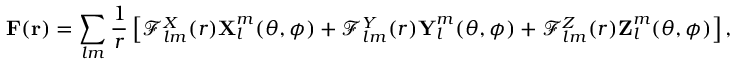
\boldsymbol { \mathbf { F } } ( \boldsymbol { \mathbf { r } } ) = \sum _ { l m } \frac { 1 } { r } \left[ \mathcal { F } _ { l m } ^ { X } ( r ) \boldsymbol { \mathbf { X } } _ { l } ^ { m } ( \theta , \phi ) + \mathcal { F } _ { l m } ^ { Y } ( r ) \boldsymbol { \mathbf { Y } } _ { l } ^ { m } ( \theta , \phi ) + \mathcal { F } _ { l m } ^ { Z } ( r ) \boldsymbol { \mathbf { Z } } _ { l } ^ { m } ( \theta , \phi ) \right] ,